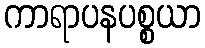
ကာရာပနပစ္စယာ